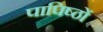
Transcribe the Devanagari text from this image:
पापिष्ठों